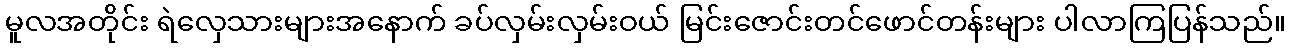
မူလအတိုင်း ရဲလှေသားများအနောက် ခပ်လှမ်းလှမ်းဝယ် မြင်းဇောင်းတင်ဖောင်တန်းများ ပါလာကြပြန်သည်။